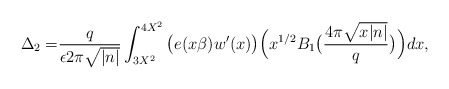
\begin{align*}\Delta_2=&\frac{q}{\epsilon2\pi\sqrt{|n|}}\int_{3X^2}^{4X^2}\big(e(x\beta)w'(x)\big)\Big(x^{1/2}B_1\big(\frac{4\pi\sqrt{x|n|}}{q}\big)\Big)dx,\end{align*}